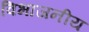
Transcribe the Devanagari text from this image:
विभाजनीय